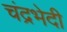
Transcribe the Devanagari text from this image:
चंद्रभेदी